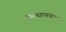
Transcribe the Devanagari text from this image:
कल्याणथाट